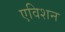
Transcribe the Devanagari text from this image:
एविशन